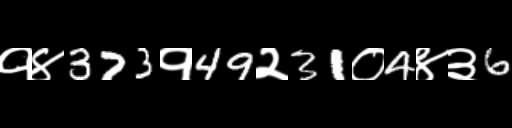
Text: १४373१49२31०4४३6